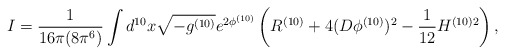
\begin{align*}I = \frac{1}{16 \pi (8 \pi^6) } \int d^{10} x \sqrt{-g^{(10)}} e^{2 \phi^{(10)}} \left( R^{(10)} + 4 (D \phi^{(10)} )^2 - \frac{1}{12} H^{(10) 2} \right) ,\end{align*}